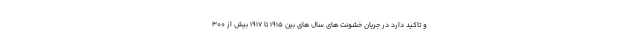
و تاکید دارد در جریان خشونت های سال های بین 1915 تا 1917 بیش از 300